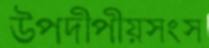
উপদ্বীপীয়সংস